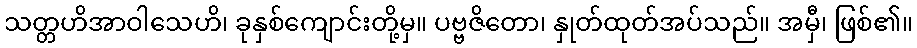
သတ္တဟိအာဝါသေဟိ၊ ခုနှစ်ကျောင်းတို့မှ။ ပဗ္ဗဇိတော၊ နှုတ်ထုတ်အပ်သည်။ အမှီ၊ ဖြစ်၏။